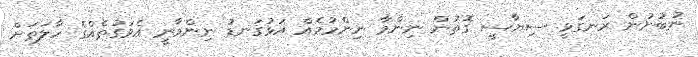
ނުބުނުން ރަނގަޅީ. ސިޔާސީ ގޮތުން ނިންމާ ނިންމުމެއް އަޅުގަނޑު ނިންމާނީ އެވަގުތެއްގެ ހާލަތަށް